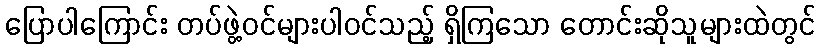
ပြောပါကြောင်း တပ်ဖွဲ့ဝင်များပါဝင်သည့် ရှိကြသော တောင်းဆိုသူများထဲတွင်